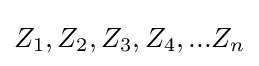
Z_{1},Z_{2},Z_{3},Z_{4},...Z_{n}